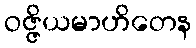
ဝဇ္ဇိယမာဟိတေန